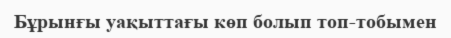
Бұрынғы уақыттағы көп болып топ-тобымен